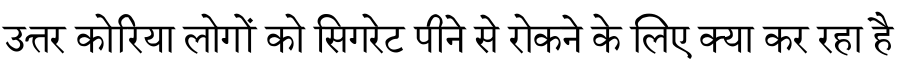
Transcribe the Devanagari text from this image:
उत्तर कोरिया लोगों को सिगरेट पीने से रोकने के लिए क्या कर रहा है